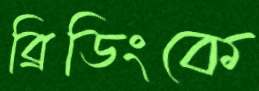
ব্রিডিংকে